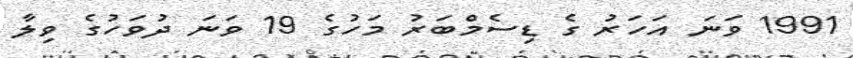
1991 ވަނަ އަހަރު ގެ ޑިސެމްބަރު މަހުގެ 19 ވަނަ ދުވަހުގެ ވިލާ